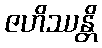
ဇဟိဿန္တိ